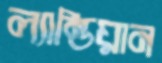
ল্যান্ডিয়ান